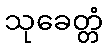
သုခေတ္တံ